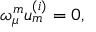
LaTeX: \omega _ { \mu } ^ { { m } } u _ { { m } } ^ { { ( i ) } } = 0 ,